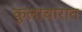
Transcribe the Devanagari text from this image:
कुलाचारात